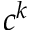
c ^ { k }